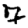
Digit: 7